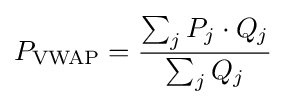
P_{\mathrm {VWAP} }={\frac {\sum _{j}{P_{j}\cdot Q_{j}}}{\sum _{j}{Q_{j}}}}